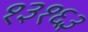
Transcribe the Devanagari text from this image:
१३१६३